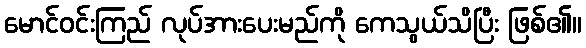
မောင်ဝင်းကြည် လုပ်အားပေးမည်ကို ကေသွယ်သိပြီး ဖြစ်၏။